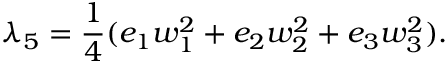
\lambda _ { 5 } = \frac 1 4 ( e _ { 1 } w _ { 1 } ^ { 2 } + e _ { 2 } w _ { 2 } ^ { 2 } + e _ { 3 } w _ { 3 } ^ { 2 } ) .